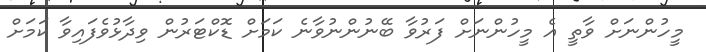
މީހުންނަށް ވާތީ އެ މީހުންނަށް ފަރުވާ ބޭނުންނުވާނެ ކަމަށް ޑޮކްޓަރުން ވިދާޅުވެފައިވާ ކަމަށް